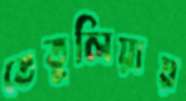
তেতুলিয়ায়